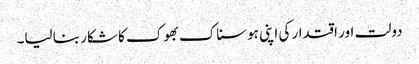
دولت اور اقتدار کی اپنی ہوسناک بھوک کا شکار بنا لیا۔